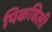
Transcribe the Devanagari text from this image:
पिकविली